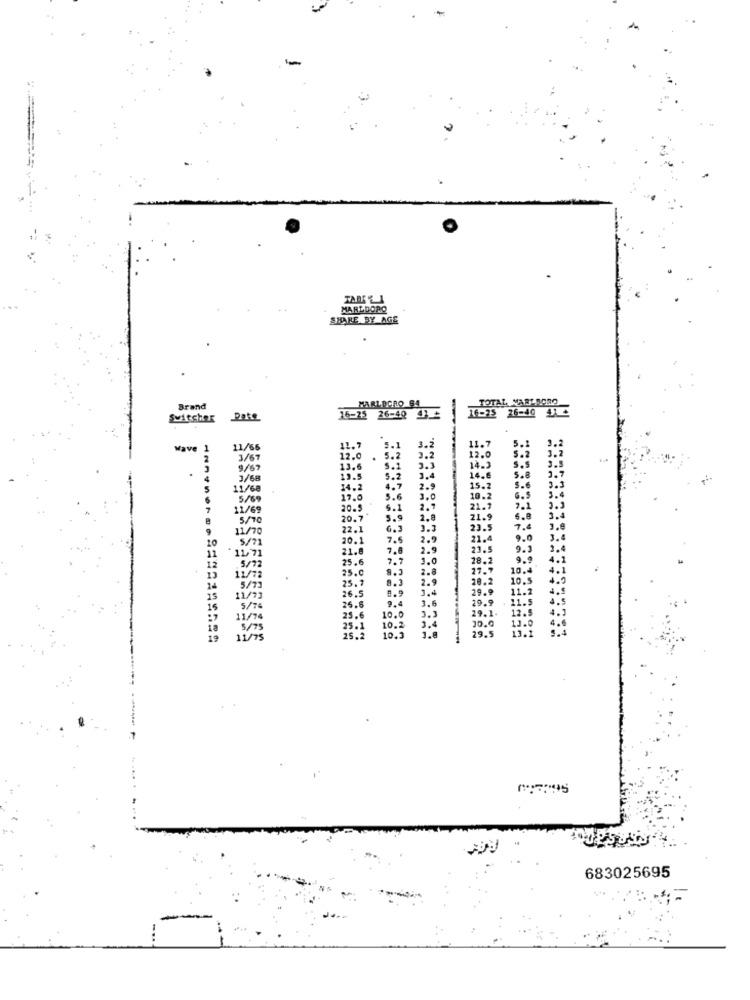
MARLDORO
SHARE BY AGE
TOTAL NARIRORO
Brand
MARLBORO 94
16-25 26-40 1
16-25 26-40 41
5.1
3.2
11.7
Wave
1
11/66
11.7
3.2
2
3/67
12.0
.
5.2
3.2
12.0
9/69
13.6
S.1
3.3
14.3
14.6
S.S
4
3/68
19.5
5.2
3.4
5.8
3.7
5
11/68
14.2
4.7
2.9
15.2
5.6
3.3
5/69
17.0
3.0
10.2
6.5
7
11/69
20.5
$.1
2.7
21.1
7.1
3.3
5/10
20.7
5.9
2.8
21.9
6.8
3.4
9
11/70
22.1
6.3
3.3
23.5
7.4
20
5/71
20.1
7.5
2.9
21.4
9.0
11
21.8
7.8
2.9
23.5
9.3
1171
25.6
7.7
1.0
28.2
9.9
5/72
25.0
9.3
104
14
13
11/78
25.7
8.3
2.8
2.9
10. 5
26.5
8.9
18.2
11.2
25.6
9.4
1.4 29.9
3.6
5/74
29.9
11/74
25.6
10.0
29.1.
5/ 75
25.1
10.2
29.5
11/7
25.2
10.3
683025695